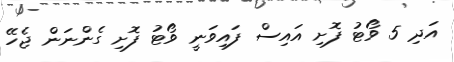
އަދި 5 ވޯޓު ފޮށި އައިސް ފައިވަނީ ވޯޓު ފޮށި ގެންނަން ޖެހޭ